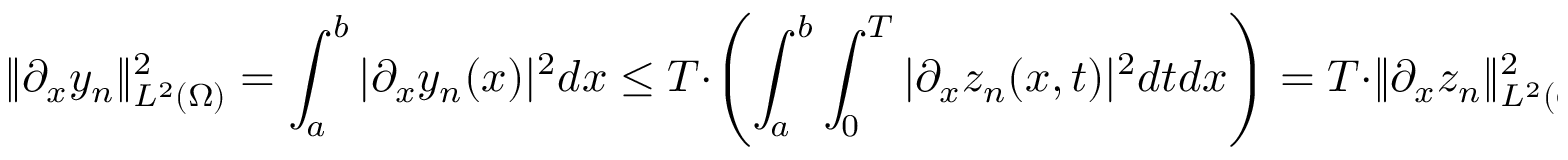
\lVert \partial _ { x } y _ { n } \rVert _ { L ^ { 2 } ( \Omega ) } ^ { 2 } = \int _ { a } ^ { b } | \partial _ { x } y _ { n } ( x ) | ^ { 2 } d x \leq T \cdot \left( \int _ { a } ^ { b } \int _ { 0 } ^ { T } | \partial _ { x } z _ { n } ( x , t ) | ^ { 2 } d t d x \right) = T \cdot \lVert \partial _ { x } z _ { n } \rVert _ { L ^ { 2 } ( Q _ { T } ) } ^ { 2 } .